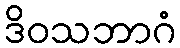
ဒိဝသဘာဂံ